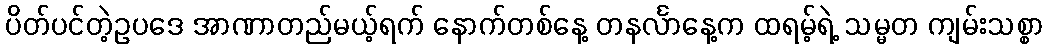
ပိတ်ပင်တဲ့ဥပဒေ အာဏာတည်မယ့်ရက် နောက်တစ်နေ့ တနင်္လာနေ့က ထရမ့်ရဲ့ သမ္မတ ကျမ်းသစ္စာ